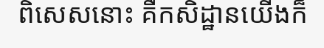
ពិសេសនោះ គឺកសិដ្ឋានយើងក៏